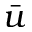
\bar { u }